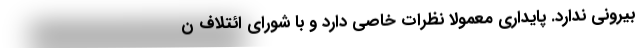
بیرونی ندارد. پایداری معمولاً نظرات خاصی دارد و با شورای ائتلاف ن